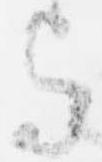
与